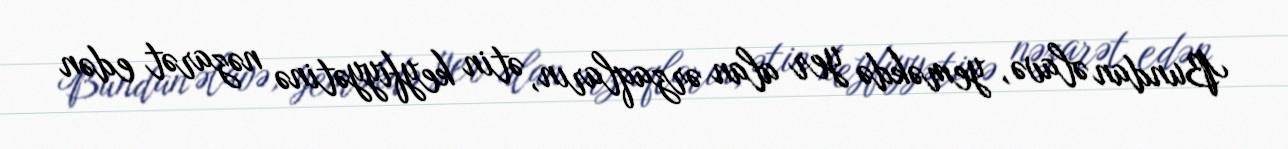
Bundan əlavə, yeməkdə yer alan ərzaqların, ətin keyfiyyətinə nəzarət edən